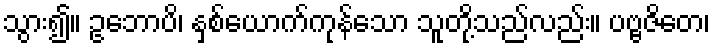
သွား၍။ ဥဘောပိ၊ နှစ်ယောက်ကုန်သော သူတို့သည်လည်း။ ပဗ္ဗဇိတေ၊